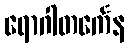
ရောဂါတင်္ကေန